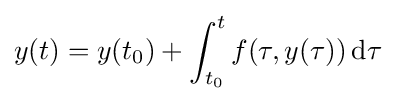
y(t)=y(t_{0})+\int _{t_{0}}^{t}f(\tau ,y(\tau ))\,{\textrm {d}}\tau